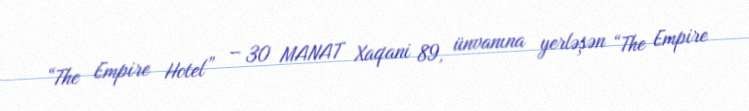
“The Empire Hotel” – 30 MANAT Xaqani 89, ünvanına yerləşən “The Empire